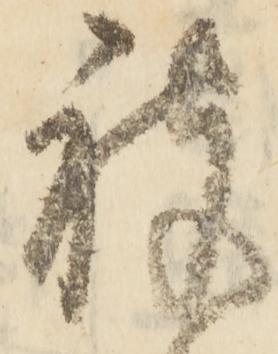
被